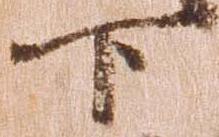
下